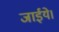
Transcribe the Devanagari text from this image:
जाईये।